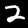
Digit: 2